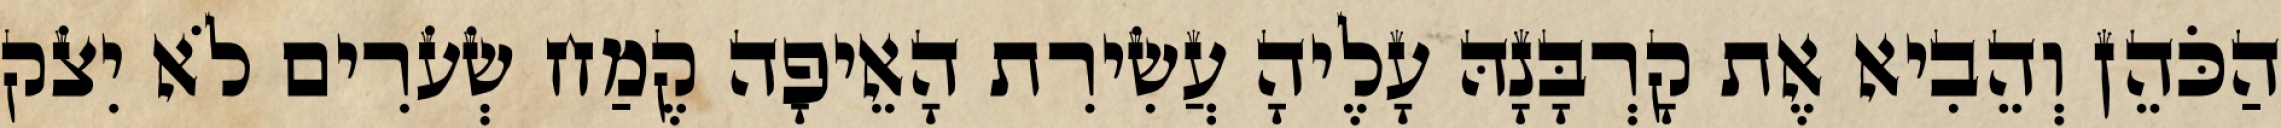
הַכֹּהֵן וְהֵבִיא אֶת קָרְבָּנָהּ עָלֶיהָ עֲשִׂירִת הָאֵיפָה קֶמַח שְׂעֹרִים לֹא יִצֹק